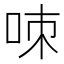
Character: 𠲋